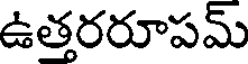
ఉత్తరరూపమ్